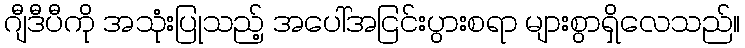
ဂျီဒီပီကို အသုံးပြုသည့် အပေါ်အငြင်းပွားစရာ များစွာရှိလေသည်။